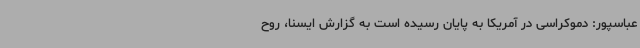
عباسپور: دموکراسی در آمریکا به پایان رسیده است به گزارش ایسنا، روح